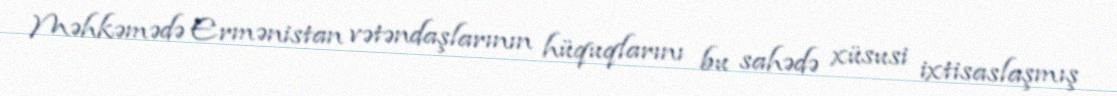
Məhkəmədə Ermənistan vətəndaşlarının hüquqlarını bu sahədə xüsusi ixtisaslaşmış